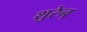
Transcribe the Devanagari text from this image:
शुरेन्